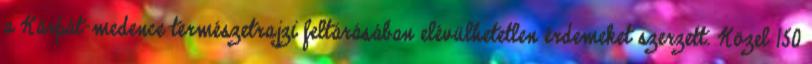
a Kárpát-medence természetrajzi feltárásában elévülhetetlen érdemeket szerzett. Közel 150